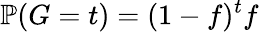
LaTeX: \mathbb{P}(G=t)=(1-f)^{t}f